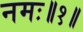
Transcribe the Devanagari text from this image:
नमः॥१॥